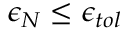
\epsilon _ { N } \leq \epsilon _ { t o l }